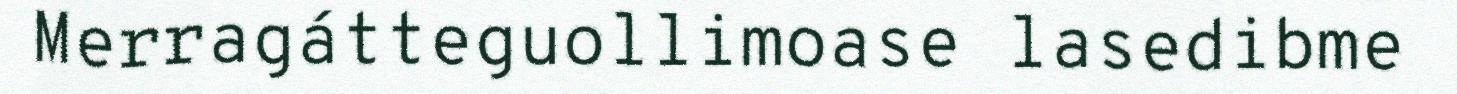
Merragátteguollimoase lasedibme